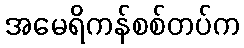
အမေရိကန်စစ်တပ်က